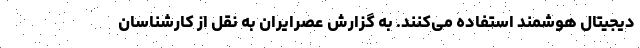
دیجیتال‌ هوشمند استفاده می‌کنند. به گزارش عصرایران به نقل از کارشناسان